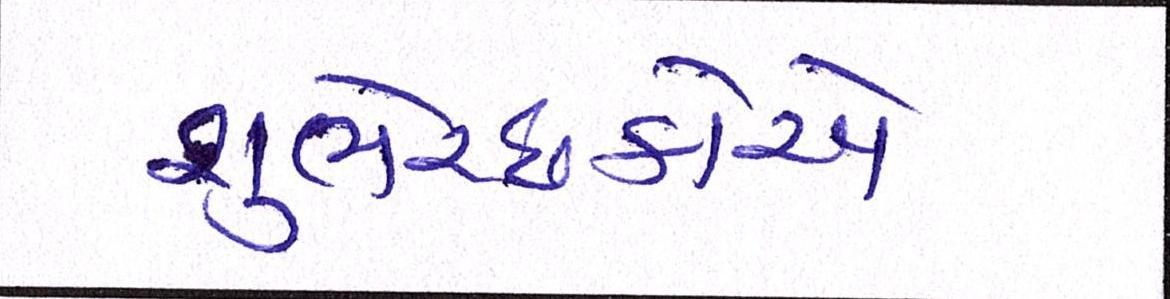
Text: શુભેચ્છકોએ